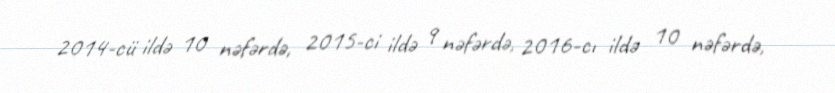
2014-cü ildə 10 nəfərdə, 2015-ci ildə 9 nəfərdə, 2016-cı ildə 10 nəfərdə,